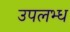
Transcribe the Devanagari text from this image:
उपलभ्ध